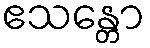
ဧသန္တော